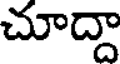
చూద్దా